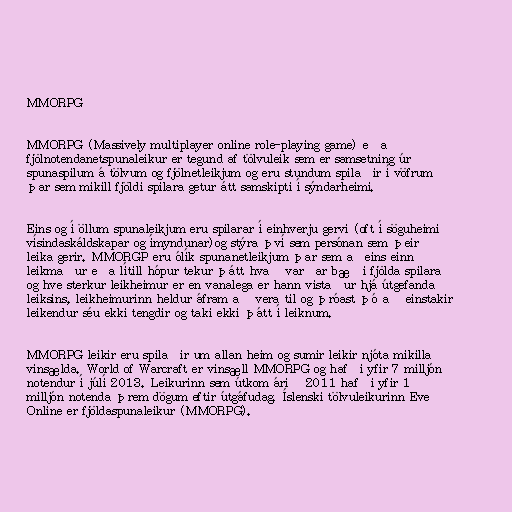
MMORPG

MMORPG (Massively multiplayer online role-playing game) eða
fjölnotendanetspunaleikur er tegund af tölvuleik sem er samsetning úr
spunaspilum á tölvum og fjölnetleikjum og eru stundum spilaðir í vöfrum
þar sem mikill fjöldi spilara getur átt samskipti í sýndarheimi.

Eins og í öllum spunaleikjum eru spilarar í einhverju gervi (oft í söguheimi
vísindaskáldskapar og ímyndunar)og stýra því sem persónan sem þeir
leika gerir. MMORGP eru ólík spunanetleikjum þar sem aðeins einn
leikmaður eða lítill hópur tekur þátt hvað varðar bæði fjölda spilara
og hve sterkur leikheimur er en vanalega er hann vistaður hjá útgefanda
leiksins, leikheimurinn heldur áfram að vera til og þróast þó að einstakir
leikendur séu ekki tengdir og taki ekki þátt í leiknum.

MMORPG leikir eru spilaðir um allan heim og sumir leikir njóta mikilla
vinsælda. World of Warcraft er vinsæll MMORPG og hafði yfir 7 milljón
notendur í júlí 2013. Leikurinn sem útkom árið 2011 hafði yfir 1
milljón notenda þrem dögum eftir útgáfudag. Íslenski tölvuleikurinn Eve
Online er fjöldaspunaleikur (MMORPG).